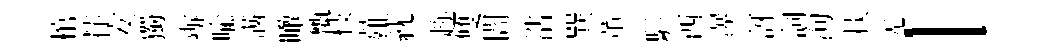
棺荘安獨辦喻满瞰甑枝薤紞趂雙閻浩巽薫駭西瀑訝詞洵掞羌l